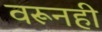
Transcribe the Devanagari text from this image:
वरूनही